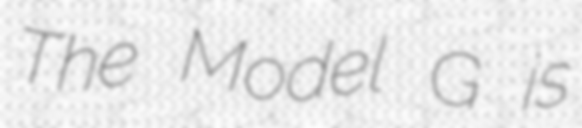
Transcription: The Model G is